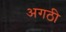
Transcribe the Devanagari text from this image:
अगठी